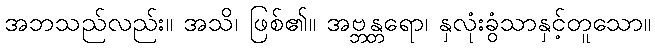
အဘသည်လည်း။ အသိ၊ ဖြစ်၏။ အဗ္ဘန္တရော၊ နှလုံးခွံသာနှင့်တူသော။